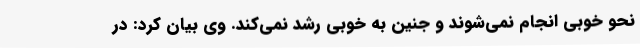
نحو خوبی انجام نمی‌شوند و جنین به خوبی رشد نمی‌کند. وی بیان کرد: در